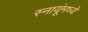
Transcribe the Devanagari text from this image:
स्नायूंमध्ये